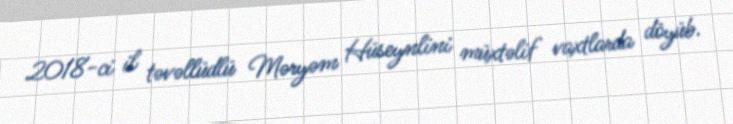
2018-ci il təvəllüdlü Məryəm Hüseynlini müxtəlif vaxtlarda döyüb.